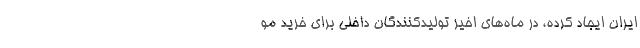
ایران ایجاد کرده، در ماه‌های اخیر تولیدکنندگان داخلی برای خرید مو